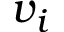
v _ { i }